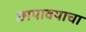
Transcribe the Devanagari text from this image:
छापावयाचा